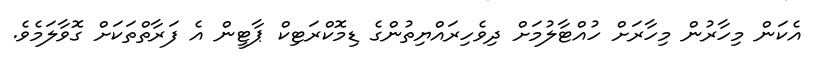
އެކަން މިހާރުން މިހާރަށް ހުއްޓާލުމަށް ދިވެހިރައްޔިތުންގެ ޑިމޮކްރަޓިކް ޕާޓީން އެ ފަރާތްތަކަށް ގޮވާލަމެވެ.